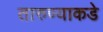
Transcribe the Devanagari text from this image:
तारुण्याकडे